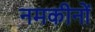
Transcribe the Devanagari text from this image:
नमकीनों